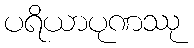
ပရိယာပုဏဿု